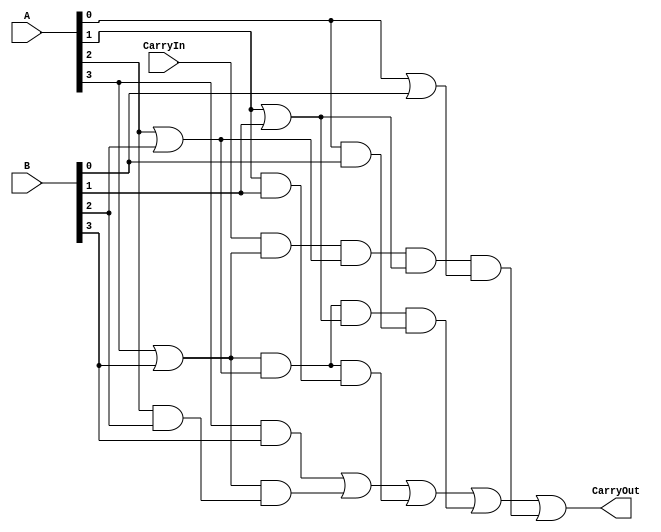
//--------PDSD homework 1-2 (Median circuit)---------------------------------------------
//--------CLAAdder_OnlyCarryOut----------------------------------------------------------

module CLAAdder_OnlyCarryOut(A,B,CarryIn,CarryOut);
	input [3:0] A,B;
	input CarryIn;
	output CarryOut;

	wire [3:0] p,g;
	
	assign p[0] = A[0]|B[0];
	assign p[1] = A[1]|B[1];
	assign p[2] = A[2]|B[2];
	assign p[3] = A[3]|B[3];
	
	assign g[0] = A[0]&B[0];
	assign g[1] = A[1]&B[1];
	assign g[2] = A[2]&B[2];
	assign g[3] = A[3]&B[3];
	
	assign CarryOut = g[3]|(p[3]&g[2])|(p[3]&p[2]&g[1])|(p[3]&p[2]&p[1]&g[0])|(CarryIn&p[3]&p[2]&p[1]&p[0]);

endmodule